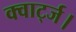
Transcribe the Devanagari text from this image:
क्वार्ट्ज।